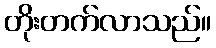
တိုးတက်လာသည်။